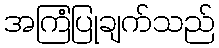
အကြံပြုချက်သည်